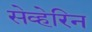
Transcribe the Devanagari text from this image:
सेव्हेरिन